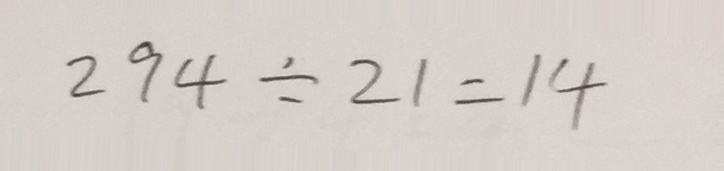
2 9 4 \div 2 1 = 1 4